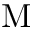
\mathrm { M }